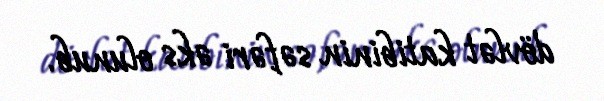
dövlət katibinin səfəri əks olunub.